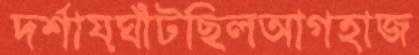
দর্শায়ঘাঁটছিলআগহাজ